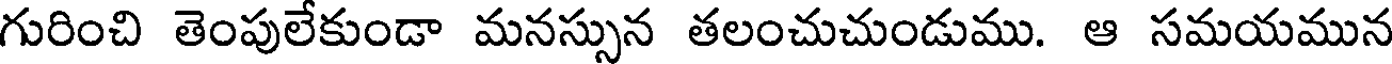
గురించి తెంపులేకుండా మనస్సున తలంచుచుండుము. ఆ సమయమున